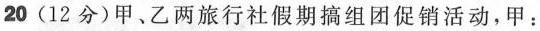
20 (12分)甲乙两旅行社假期搞组团促销活动，甲：